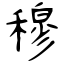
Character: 穆